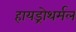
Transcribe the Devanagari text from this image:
हायड्रोथर्मल